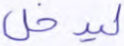
ليدخل